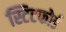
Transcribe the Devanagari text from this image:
स्टिटफोर्ड